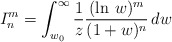
\begin{align*}I_{n}^{m}=\int_{w_{0}}^{\infty }\frac{1}{z}\frac{(\ln\,w)^{m}}{(1+w)^{n}} \,dw \end{align*}